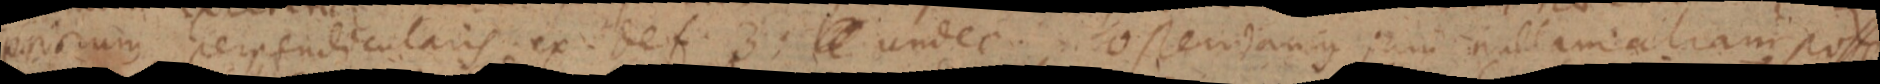
punctum perpendicularis ex. def. 3; _ undec ostendamus jam nullam aliam posse